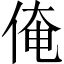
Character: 俺